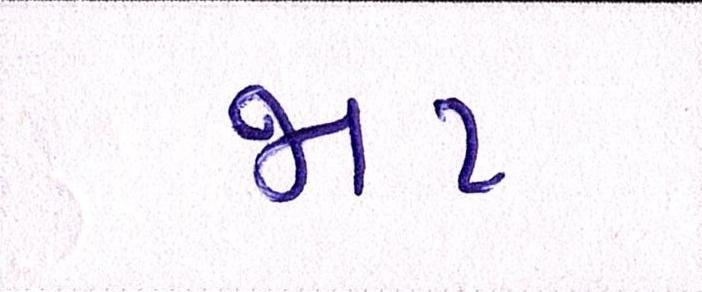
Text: જાટ